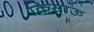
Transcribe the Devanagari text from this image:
क्रिसाऊ